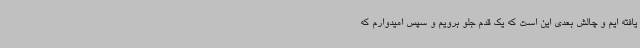
یافته ایم و چالش بعدی این است که یک قدم جلو برویم و سپس امیدوارم که